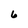
Character: 6